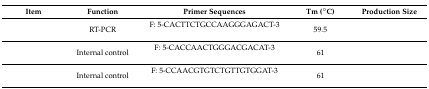
<table><thead><tr><td><b>Item</b></td><td><b>Function</b></td><td><b>Primer Sequences</b></td><td><b>Tm (<sup>◦</sup>C)</b></td><td><b>Production Size</b></td></tr></thead><tbody><tr><td rowspan="2">[EMPTY_CELL]</td><td rowspan="2">RT-PCR</td><td>F: 5-CACTTCTGCCAAGGGAGACT-3</td><td rowspan="2">59.5</td><td rowspan="2">[EMPTY_CELL]</td></tr><tr><td>[EMPTY_CELL]</td></tr><tr><td rowspan="2">[EMPTY_CELL]</td><td rowspan="2">Internal control</td><td>F: 5-CACCAACTGGGACGACAT-3</td><td rowspan="2">61</td><td rowspan="2">[EMPTY_CELL]</td></tr><tr><td>[EMPTY_CELL]</td></tr><tr><td rowspan="2">[EMPTY_CELL]</td><td rowspan="2">Internal control</td><td>F: 5-CCAACGTGTCTGTTGTGGAT-3</td><td rowspan="2">61</td><td rowspan="2">[EMPTY_CELL]</td></tr><tr><td>[EMPTY_CELL]</td></tr></tbody></table>